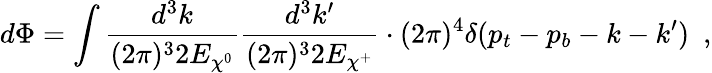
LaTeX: d\Phi=\int\frac{d^{3}k}{(2\pi)^{3}2E_{\chi^{0}}}\frac{d^{3}k^{\prime}}{(2\pi)^{3}2E_{\chi^{+}}}\cdot(2\pi)^{4}\delta(p_{t}-p_{b}-k-k^{\prime})\ \ ,